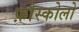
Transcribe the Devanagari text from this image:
फ़ोस्कोलो